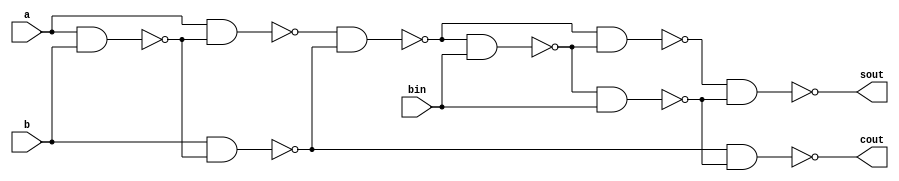
// This program was cloned from: https://github.com/Suni123456789/100DaysRTL
// License: Apache License 2.0

`timescale 1ns / 1ps

module fs_nand(
  input a, b, bin,
  output sout, cout
    );
    wire [6:0]w;
    nand n0(w[0], a, b);
    nand n1(w[1], a, w[0]);
    nand n2(w[2], b, w[0]);
    nand n3(w[3], w[1], w[2]);
    nand n4(w[4], w[3], bin);
    nand n5(w[5], w[3], w[4]);
    nand n6(w[6], w[4], bin);
    nand n7(sout, w[5], w[6]);
    nand n8(cout, w[2], w[6]);

endmodule